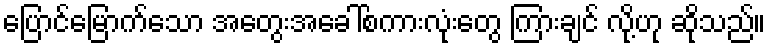
ပြောင်မြောက်သော အတွေးအခေါ်စကားလုံးတွေ ကြားချင် လို့ဟု ဆိုသည်။